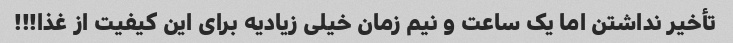
تأخیر نداشتن اما یک ساعت و نیم زمان خیلی زیادیه برای این کیفیت از غذا!!!